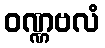
ဝဏ္ဏဗလံ